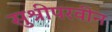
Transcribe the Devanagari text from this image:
सुश्रीपरवीन